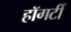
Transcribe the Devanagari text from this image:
हॉगर्टी